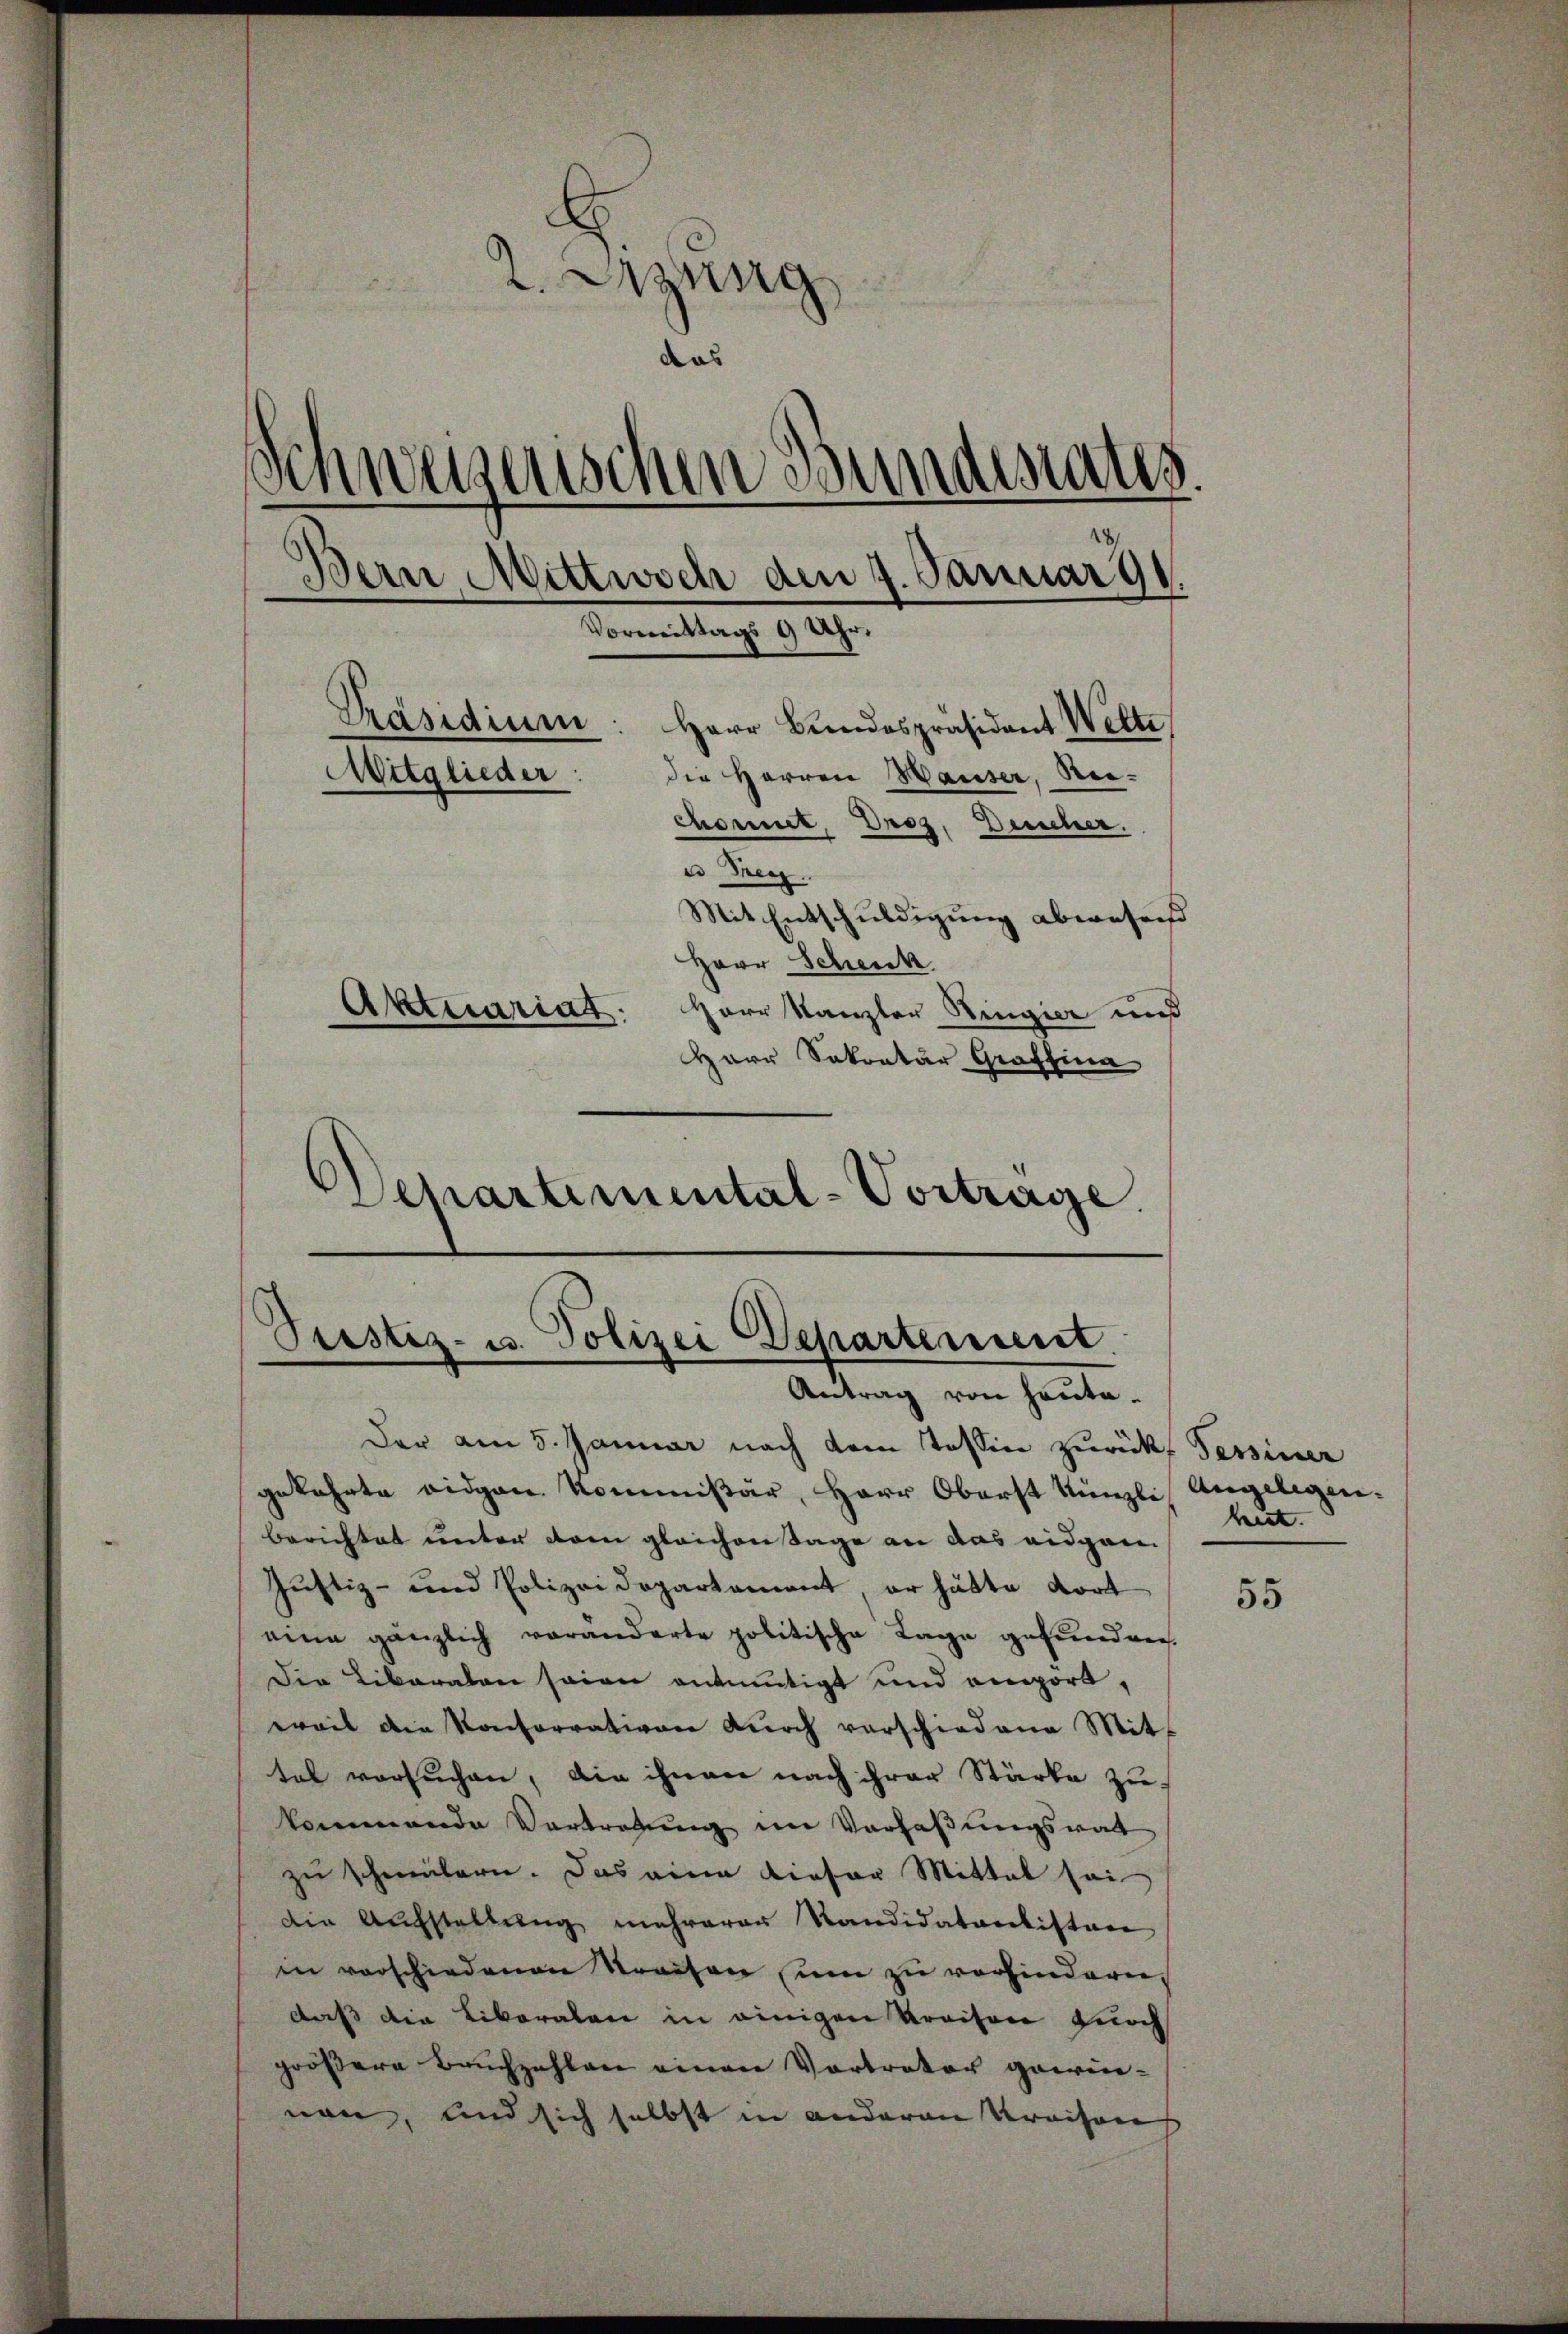
. Szung
das
Schweizerischen Bundesaus.
Bern Mittwoch den 7. Januar 191.
Vormittags 9 Uhr.
Präsidium: Herr Bundespräsident Welti
Attglieder: die Herren Hauser, Riechonnet, Droz, Deucher.
 Heg
Mit Entschuldigung abwesend
Herr Schenck
Aktuariat.
Herr Kanzler Ringier und
Herr Sekretär Graffina
Departemental-Vortrage.

Pustiz- u. Polizei Departement.
—
Antrag von heute.

Der am 5. Januar nach dem Tessin zurücks Tessiner
gekehrte eidgen. Kommißär, Herr Oberst Künzli, Angelegen.
Berichtet unter vom gleichen Tage an das eidgan
Justiz- und Polizeidepartement, er hätte dort
eine gänzlich veränderte politische Lage gefunden.
Die Liberaten seien anmutigt und emport,
weil die Konsorrativen durch vorschiedene Mittel vorsuchen, die ihnen nach ihrer Stärke zu
kommende Vortretung im Verfaßungsratt
zŭ schmälern. Das eine Liefer Mittel sei
die Aufstellung mehrerer Kandidatantistere
in vorschiedenen Streisen um zu verhindern,
daß die Liberalen in einigen Kreisen durch
größere Bruchzahlen einen Vortreter gewienen, und sich selbst in anderen Kraison

met.

55